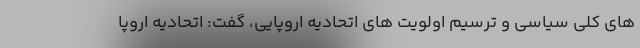
های کلی سیاسی و ترسیم اولویت های اتحادیه اروپایی، گفت: اتحادیه اروپا